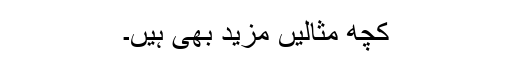
کچھ مثالیں مزید بھی ہیں۔